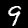
Digit: 9